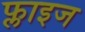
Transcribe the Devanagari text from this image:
फ्लाइज